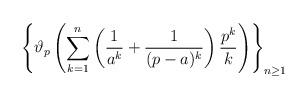
LaTeX: \begin{align*}\left\{\vartheta_p\left(\sum_{k = 1}^{n} \left(\frac{1}{a^k} + \frac{1}{(p - a)^k}\right) \frac{p^k}{k}\right)\right\}_{n \geq 1}\end{align*}